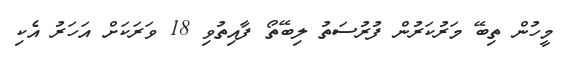
މީހުން ތިބޭ މަރުކަރުން ފުރުސަތު ލިބޭތޯ ފާއިތުވި 18 ވަރަކަށް އަހަރު އެކި